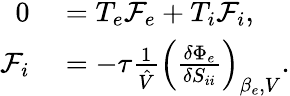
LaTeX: \begin{array}{rl}{0}&{{}=T_{e}\mathcal{F}_{e}+T_{i}\mathcal{F}_{i},}\\ {\mathcal{F}_{i}}&{{}=-\tau\frac{1}{\hat{V}}\left(\frac{\delta\Phi_{e}}{\delta S_{ii}}\right)_{\beta_{e},V}.}\end{array}